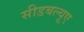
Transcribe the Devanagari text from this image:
सीडबल्यूए